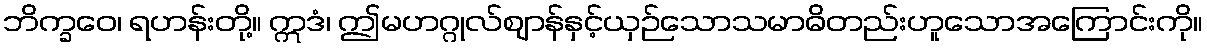
ဘိက္ခဝေ၊ ရဟန်းတို့။ ဣဒံ၊ ဤမဟဂ္ဂုလ်ဈာန်နှင့်ယှဉ်သောသမာဓိတည်းဟူသောအကြောင်းကို။